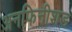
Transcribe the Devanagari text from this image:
अनफिनीशड